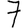
Digit: 7